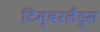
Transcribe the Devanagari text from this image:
टिम्बरलैंड्स